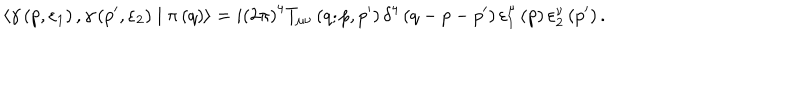
LaTeX: \left\langle \gamma \left( p , \varepsilon _ { 1 } \right) , \gamma \left( p ^ { \prime } , \varepsilon _ { 2 } \right) \mid \pi \left( q \right) \right\rangle = i \left( 2 \pi \right) ^ { 4 } T _ { \mu \nu } \left( q ; p , p ^ { \prime } \right) \delta ^ { 4 } \left( q - p - p ^ { \prime } \right) \varepsilon _ { 1 } ^ { \mu } \left( p \right) \varepsilon _ { 2 } ^ { \nu } \left( p ^ { \prime } \right) .